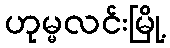
ဟုမ္မလင်းမြို့